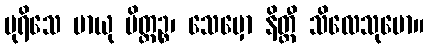
ပုရိသေ မာယု ပိတ္တဉ္စ၊ သေမှော နိတ္ထီ သိလေသုမော။